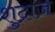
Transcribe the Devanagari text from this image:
शुद्राज़